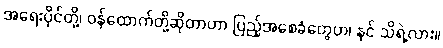
အရေးပိုင်တို့၊ ဝန်ထောက်တို့ဆိုတာဟာ ပြည့်အစေခံတွေဟ၊ နင် သိရဲ့လား။